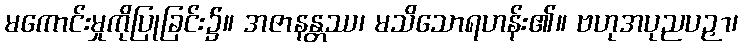
မကောင်းမှုကိုပြုခြင်း၌။ အဇာနန္တဿ၊ မသိသောရဟန်း၏။ ဗဟုအပုညပဉှာ၊